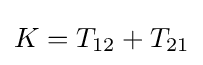
K=T_{12}+T_{21}